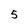
Character: 5